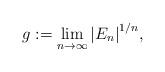
LaTeX: \begin{align*}g:=\lim_{n\to \infty} {|E_n|}^{1/n},\end{align*}